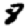
Digit: 8